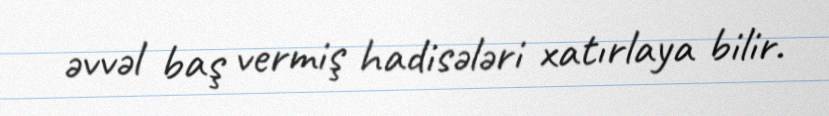
əvvəl baş vermiş hadisələri xatırlaya bilir.